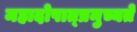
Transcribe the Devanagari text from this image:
महादोषात्प्रमुच्यते